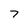
Character: 7